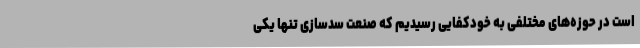
است در حوزه‌های مختلفی به خودکفایی رسیدیم که صنعت سدسازی تنها یکی